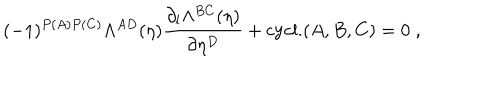
LaTeX: ( - 1 ) ^ { P ( A ) P ( C ) } \Lambda ^ { A D } ( \eta ) \frac { \partial _ { l } \Lambda ^ { B C } ( \eta ) } { \partial \eta ^ { D } } + \mathrm { c y c l . } ( A , B , C ) = 0 \; ,